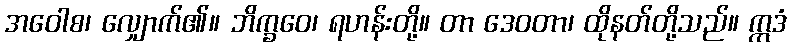
အဝေါစ၊ လျှောက်၏။ ဘိက္ခဝေ၊ ရဟန်းတို့။ တာ ဒေဝတာ၊ ထိုနတ်တို့သည်။ ဣဒံ